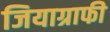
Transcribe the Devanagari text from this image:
जियाग्राफी